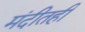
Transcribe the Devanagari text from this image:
मंदीतही